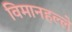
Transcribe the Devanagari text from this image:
विमानहल्ले